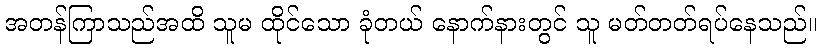
အတန်ကြာသည်အထိ သူမ ထိုင်သော ခုံတယ် နောက်နားတွင် သူ မတ်တတ်ရပ်နေသည်။